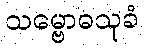
သမ္ဗောဓသုခံ